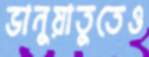
ভানুয়াতুতেও